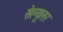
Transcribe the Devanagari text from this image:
सेल्‍यूलर